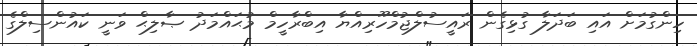
ހިންގުމަށް އައި ބަދަލާ ގުޅިގެން ރައީސުލްޖުމްހޫރިއްޔާ އިބްރާހީމް މުޙައްމަދު ޞާލިޙް ވަނީ ކައުންސިލްގެ